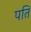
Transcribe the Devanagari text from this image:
पति